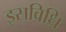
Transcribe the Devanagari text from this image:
इसविधि